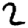
Digit: 2